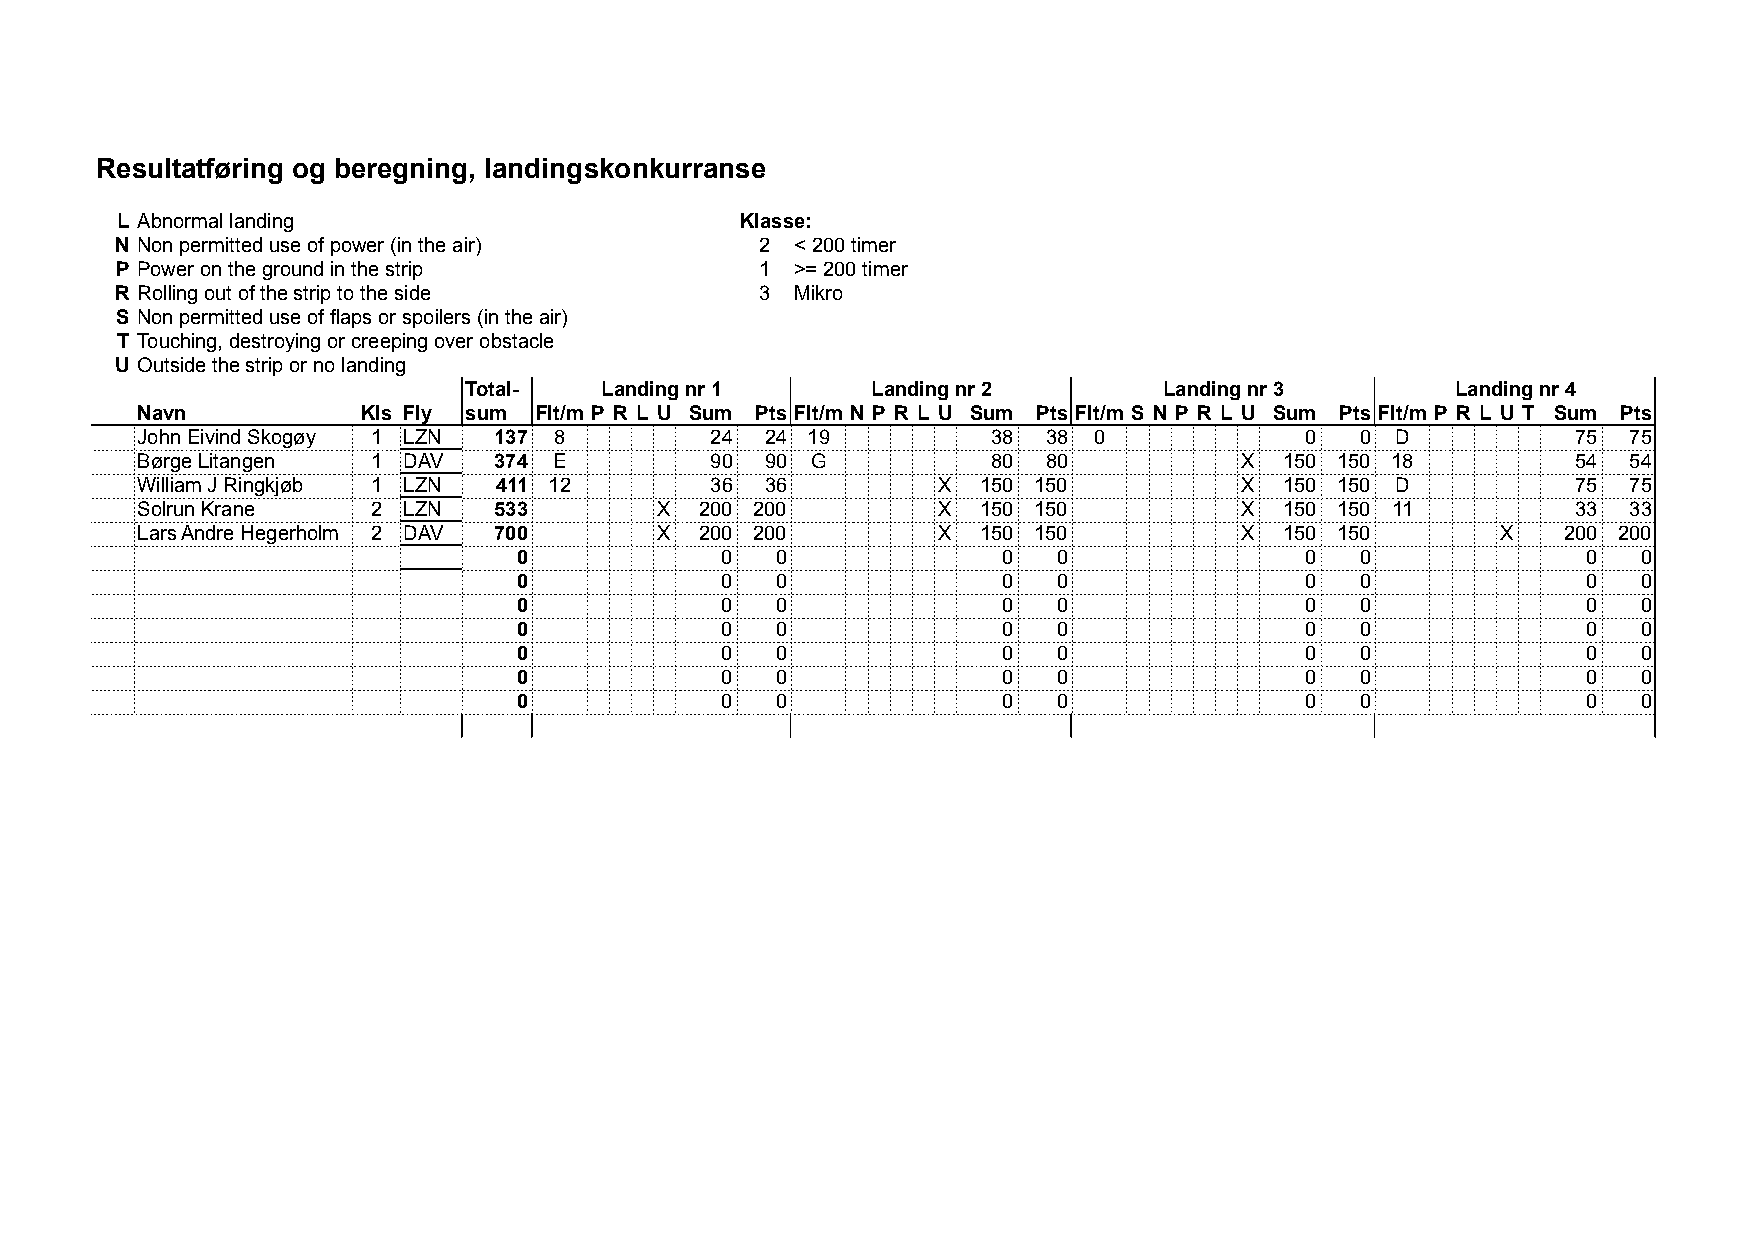
Resultatføring og beregning, landingskonkurranse
 L Abnormal landing                       Klasse:
 N Non permitted use of power (in the air) 2  < 200 timer
 P Power on the ground in the strip        1  >= 200 timer
 R Rolling out of the strip to the side    3  Mikro
 S Non permitted use of flaps or spoilers (in the air)
 T Touching, destroying or creeping over obstacle
 U Outside the strip or no landing
 Total-   Landing nr 1      Landing nr 2       Landing nr 3       Landing nr 4
 Navn           Kls Fly sum Flt/m P R L U Sum Pts Flt/m N P R L U Sum Pts Flt/m S N P R L U Sum Pts Flt/m P R L U T Sum Pts
 John Eivind Skogøy 1 LZN 137 8        24  24 19          38 38 0             0   0 D           75  75
 Børge Litangen  1 DAV   374 E         90  90 G           80 80           X  150 150 18         54  54
 William J Ringkjøb 1 LZN 411 12       36  36         X  150 150          X  150 150 D          75  75
 Solrun Krane    2 LZN   533        X 200 200         X  150 150          X  150 150 11         33  33
 Lars Andre Hegerholm 2 DAV 700     X 200 200         X  150 150          X  150 150       X   200 200
 0             0  0              0   0               0   0              0   0
 0             0  0              0   0               0   0              0   0
 0             0  0              0   0               0   0              0   0
 0             0  0              0   0               0   0              0   0
 0             0  0              0   0               0   0              0   0
 0             0  0              0   0               0   0              0   0
 0             0  0              0   0               0   0              0   0